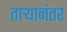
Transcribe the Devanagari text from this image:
ताऱ्यानंतर